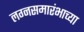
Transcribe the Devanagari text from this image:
लग्नसमारंभाच्या